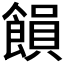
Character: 𮩉